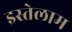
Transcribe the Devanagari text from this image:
इस्तेलाम